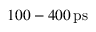
1 0 0 - 4 0 0 \, \mathrm { p s }